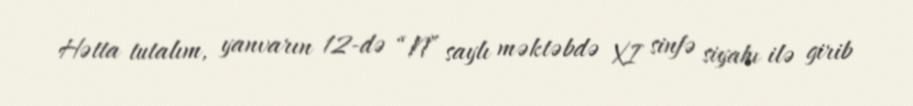
Hətta tutalım, yanvarın 12-də “N” saylı məktəbdə XI sinfə siyahı ilə girib